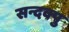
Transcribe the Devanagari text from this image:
सन्दक्पु